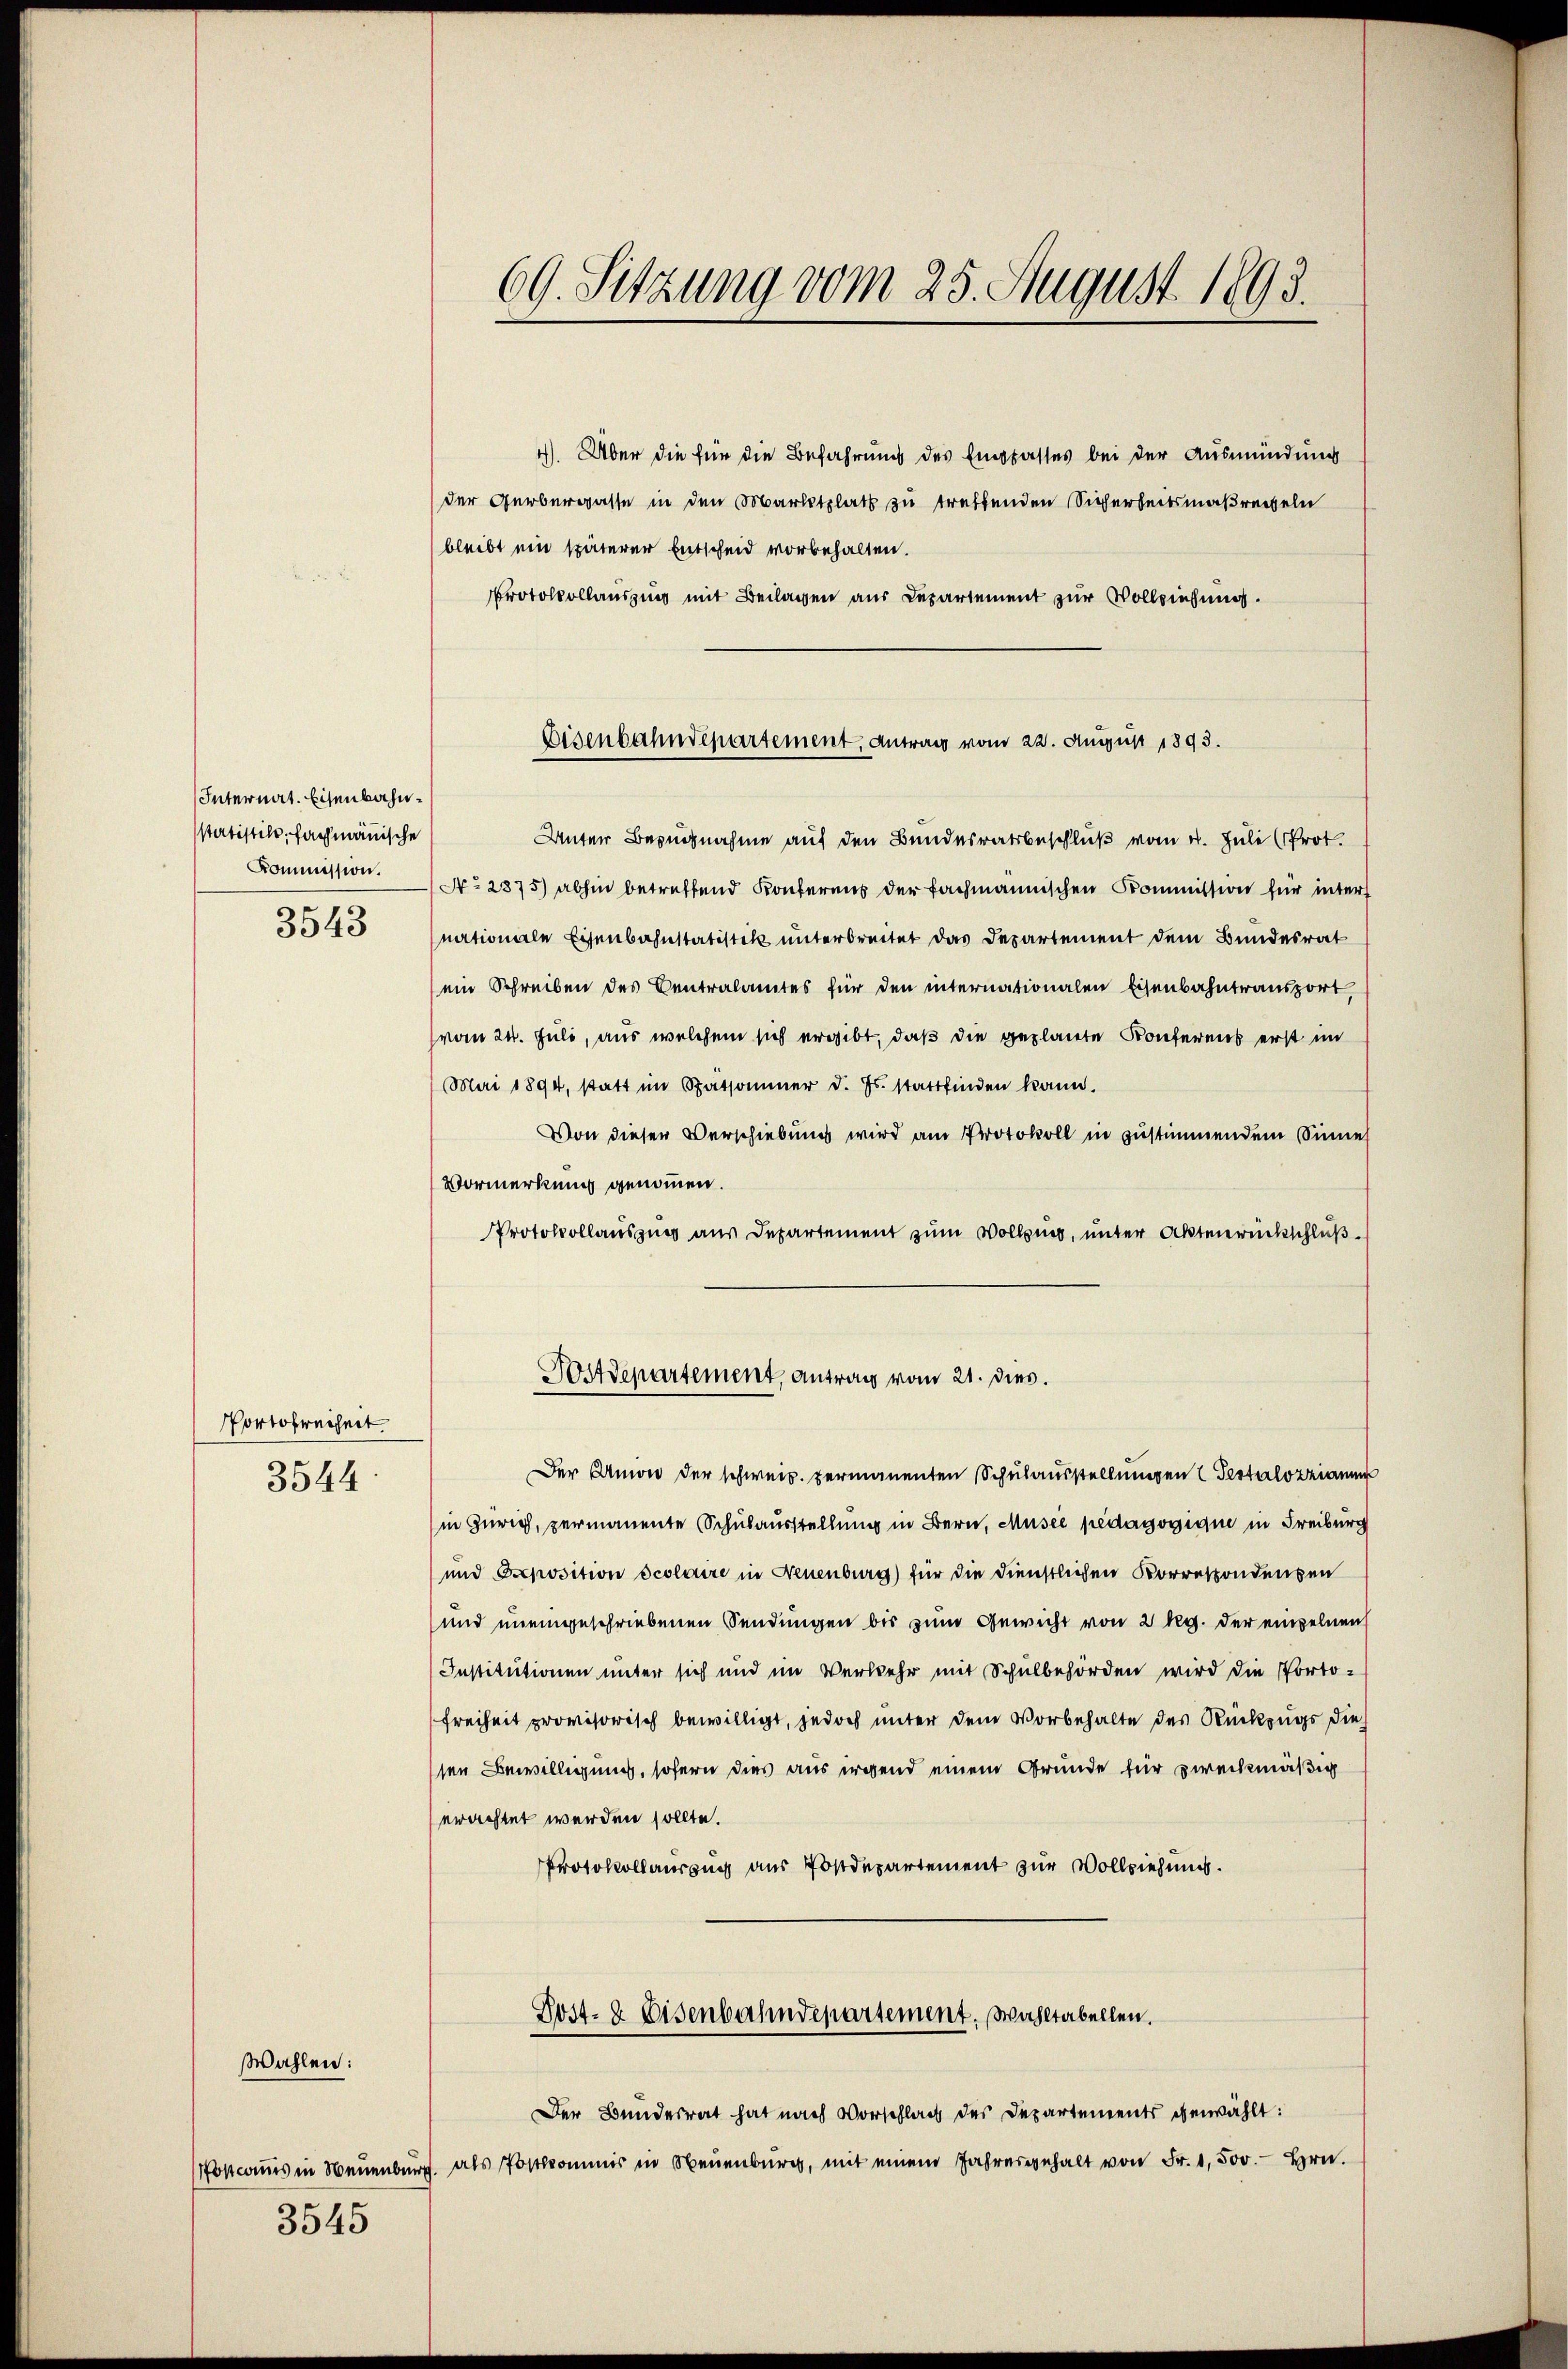
Internat. Eisenbahnsstatistik, fachmänische
Kommission.
3543

Portofreiheit
3544

Postcommis in Neuenburg

Wahlen:

3545

69. Sitzung vom 25. August 1893.

4). Über die für die Befahrung des Eingasses bei der Ausmündung
der Gerbergasse in den Marktplatz zu treffenden Sicherheitsmaßregeln
bleibt ein späterer Entscheid vorbehalten.
Protokollauszing mit Beilagen aus Departement zur Vollziehung.

Eisenbahndepartement, Antrag vom 22. August 1893.

Postdepartement, antrag vom 21. dies.

Unter Besuchnahme auf den Bundesratsbeschluß vom 4. Juli (Prot.
No. 2875) abhin betreffend Konferens der fachmannischen Kommission für inter
nationale Eisenbahnstatistik unterbreitet das Departement dem Bundesrat
ein Schreiben des Centralamtes für den internationalen Eisenbahntransport
vom 24. Juli, aus welchem sich ergibt, daß die geplante Konferens erst im
Mai 1894, statt im Spätsommer d. Js. stattfinden kann.
Von dieser Verschiebung wird am Protokoll in zustimmendem Sinne
Vormerkung genommen.
Protokollauszug aus Departement zum Vollzung, unter Aktenrückschluß¬
Der Amon der schweiz. Fermanenten Schulausstellungen Testalozzianne
in Zürich, permanente Schulausstellung in Bern, Musii pedagogique in Freiburg
und Opposition scolaire in Neuenburg) für die dienstlichen Korrespondensen
und uneingeschriebenen Sendungen bis zum Gewicht von 2 kg. der einzelnen
Institutionen unter sich und im Verkehr mit Schulbehörden wird die Porto¬
Freiheit provisorisch bewilligt, jedoch unter dem Vorbehalte des Rückzugs die
sen Bewilligung, sofern dies aus irgend einem Grunde für zweckmäßig
erachtet werden sollte.
Protokollauszug aus Postdepartement zur Vollziehung.
Post- & Eisenbahndepartement. Wahltabellen.
Der Bundesrat hat nach Vorschlag des Departements gewählt:
als Postkommis in Neuenburg, mit einem Jahresgehalt von Fr. 1,500.- Hrn.